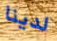
لدينا